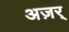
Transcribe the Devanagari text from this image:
अज़र्